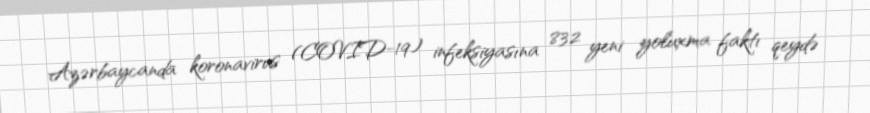
Azərbaycanda koronavirus (COVID-19) infeksiyasına 832 yeni yoluxma faktı qeydə